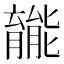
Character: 𫆽